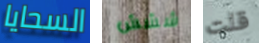
السحايا ششش قلت